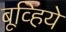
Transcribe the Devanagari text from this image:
बूव्हिये